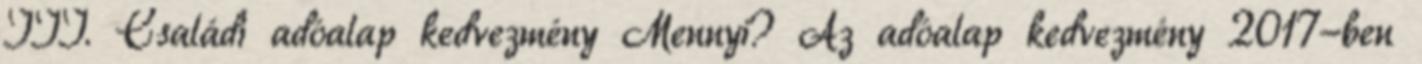
III. Családi adóalap kedvezmény Mennyi? Az adóalap kedvezmény 2017-ben